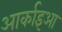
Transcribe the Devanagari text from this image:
आर्काइआ